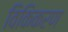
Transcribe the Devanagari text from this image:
विकिकरण